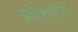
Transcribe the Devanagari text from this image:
प्रदेशकडे